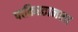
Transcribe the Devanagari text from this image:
पाकिस्तानला